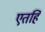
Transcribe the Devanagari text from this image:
एतर्हि